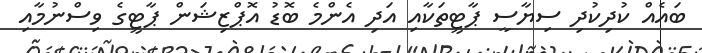
ބައެއް ކުދިކުދި ސިޔާސީ ޕާޓީތަކާއި އަދި އެންމެ ބޮޑު އޮޕްޒިޝަން ޕާޓީގެ ވިސްނުމާއި